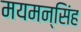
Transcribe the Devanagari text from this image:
मयमन्सिंह